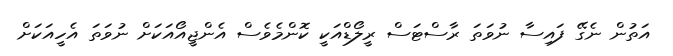
އަތުން ނެގޭ ފައިސާ ނުވަތަ ރާސްޓަސް ރީލޯޑްއަކީ ކޮންމެވެސް އެންޖީއޯއަކަށް ނުވަތަ އެހީއަކަށް